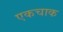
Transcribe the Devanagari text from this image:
एकचाक